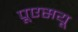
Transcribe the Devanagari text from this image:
पूएसयू